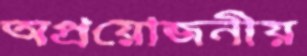
অপ্রয়োজনীয়